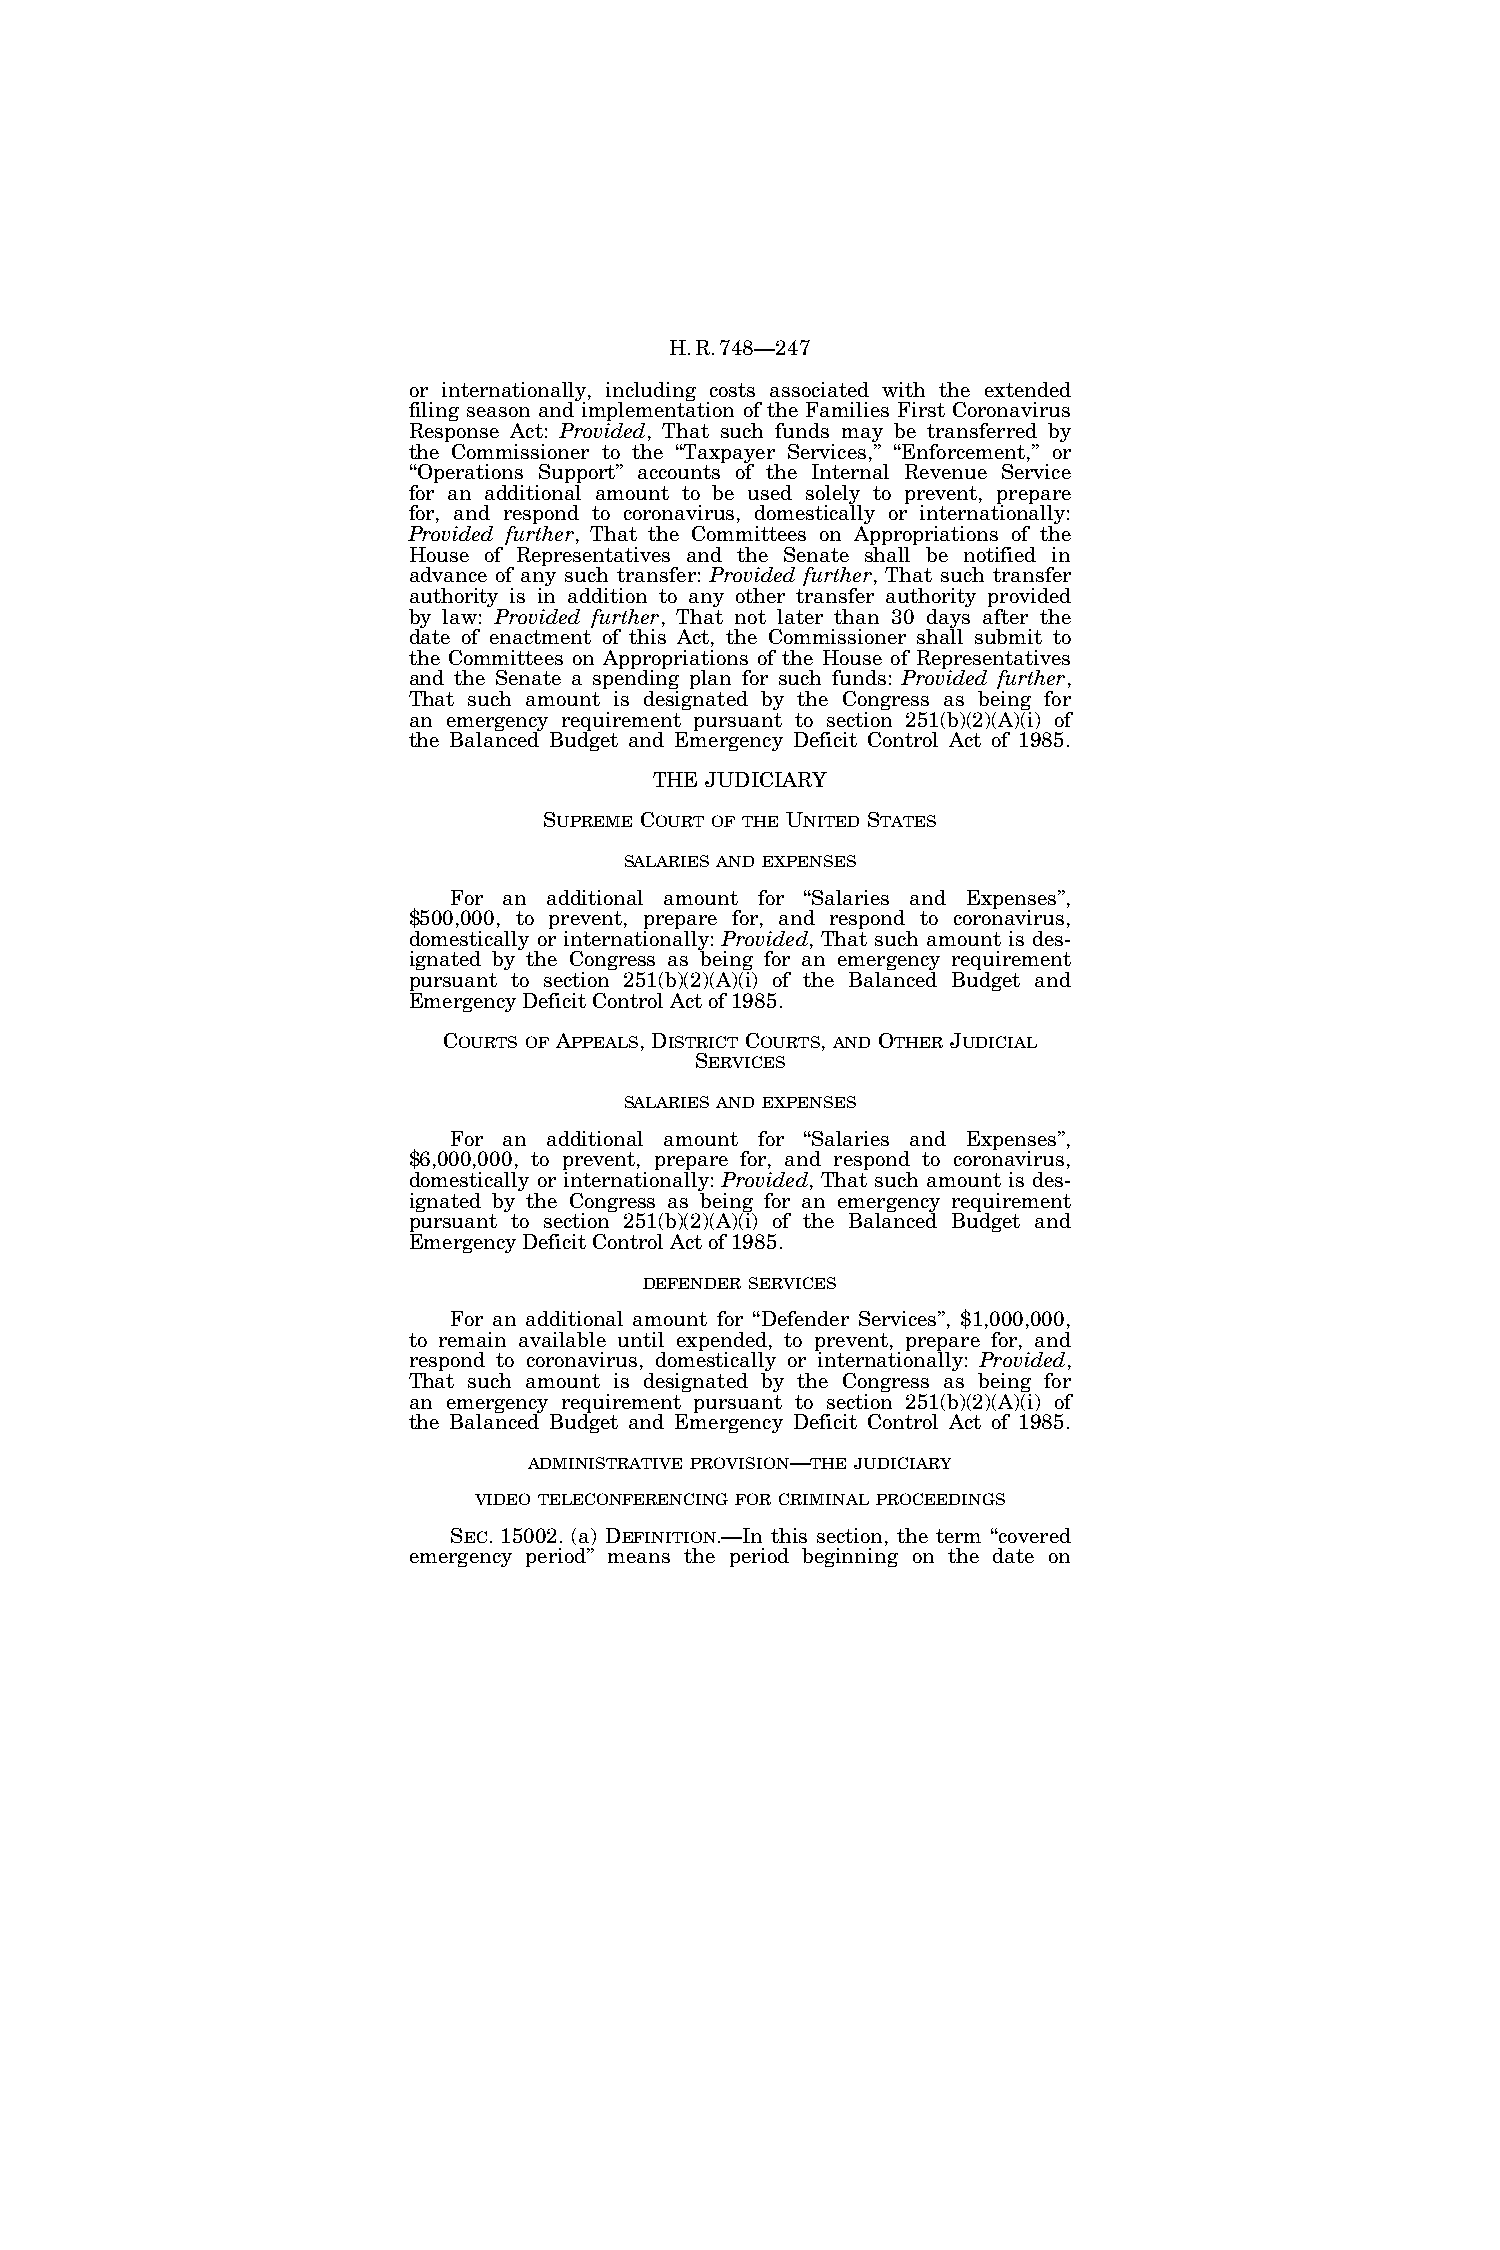
H.R.748—247
 or internationally, including costs associated with the extended
 filing season and implementation of the Families First Coronavirus
 Response Act: Provided, That such funds may be transferred by
 the Commissioner to the ‘‘Taxpayer Services,’’ ‘‘Enforcement,’’ or
 ‘‘Operations Support’’ accounts of the Internal Revenue Service
 for an additional amount to be used solely to prevent, prepare
 for, and respond to coronavirus, domestically or internationally:
 Provided further, That the Committees on Appropriations of the
 House of Representatives and the Senate shall be notified in
 advance of any such transfer: Provided further, That such transfer
 authority is in addition to any other transfer authority provided
 by law: Provided further, That not later than 30 days after the
 date of enactment of this Act, the Commissioner shall submit to
 the Committees on Appropriations of the House of Representatives
 and the Senate a spending plan for such funds: Provided further,
 That such amount is designated by the Congress as being for
 an emergency requirement pursuant to section 251(b)(2)(A)(i) of
 the Balanced Budget and Emergency Deficit Control Act of 1985.
 THE JUDICIARY
 SUPREME COURT OF THE UNITED STATES
 SALARIES AND EXPENSES
 For an additional amount for ‘‘Salaries and Expenses’’,
 $500,000, to prevent, prepare for, and respond to coronavirus,
 domestically or internationally: Provided, That such amount is des-
 ignated by the Congress as being for an emergency requirement
 pursuant to section 251(b)(2)(A)(i) of the Balanced Budget and
 Emergency Deficit Control Act of 1985.
 COURTS OF APPEALS, DISTRICT COURTS, AND OTHER JUDICIAL
 SERVICES
 SALARIES AND EXPENSES
 For an additional amount for ‘‘Salaries and Expenses’’,
 $6,000,000, to prevent, prepare for, and respond to coronavirus,
 domestically or internationally: Provided, That such amount is des-
 ignated by the Congress as being for an emergency requirement
 pursuant to section 251(b)(2)(A)(i) of the Balanced Budget and
 Emergency Deficit Control Act of 1985.
 DEFENDER SERVICES
 For an additional amount for ‘‘Defender Services’’, $1,000,000,
 to remain available until expended, to prevent, prepare for, and
 respond to coronavirus, domestically or internationally: Provided,
 That such amount is designated by the Congress as being for
 an emergency requirement pursuant to section 251(b)(2)(A)(i) of
 the Balanced Budget and Emergency Deficit Control Act of 1985.
 ADMINISTRATIVE PROVISION—THE JUDICIARY
 VIDEO TELECONFERENCING FOR CRIMINAL PROCEEDINGS
 SEC. 15002. (a) DEFINITION.—In this section, the term ‘‘covered
 emergency period’’ means the period beginning on the date on